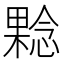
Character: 𰘬